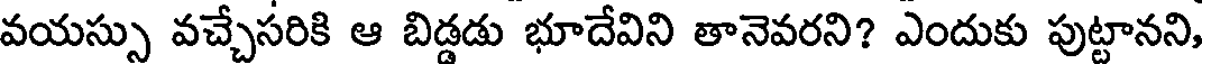
వయస్సు వచ్చేసరికి ఆ బిడ్డడు భూదేవిని తానెవరని? ఎందుకు పుట్టానని,